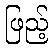
ဖြည့်